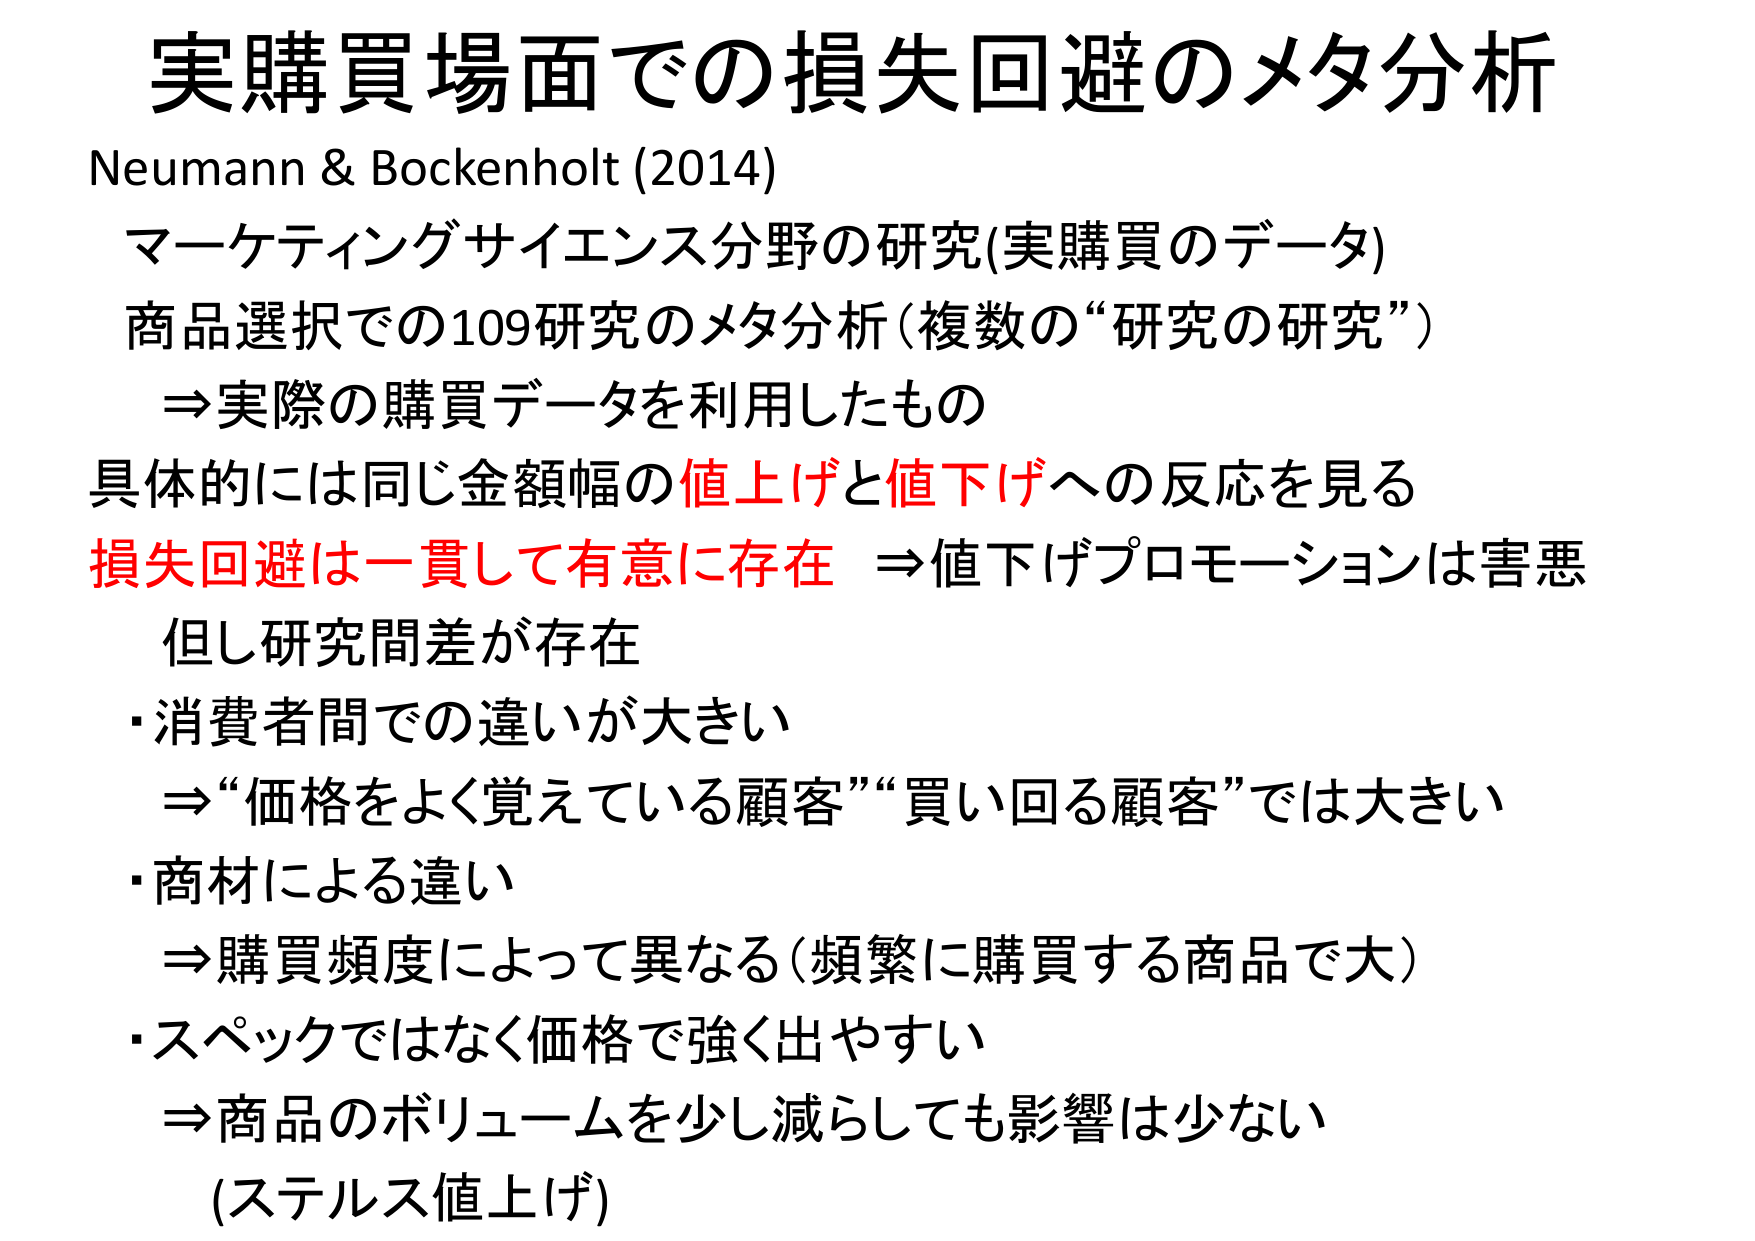
実購買場面での損失回避のメタ分析
Neumann & Bockenholt (2014)
マーケティングサイエンス分野の研究(実購買のデータ)
商品選択での109研究のメタ分析（複数の“研究の研究”）
⇒実際の購買データを利用したもの
具体的には同じ金額幅の値上げと値下げへの反応を見る
損失回避は一貫して有意に存在 ⇒値下げプロモーションは害悪
但し研究間差が存在
・消費者間での違いが大きい
　⇒“価格をよく覚えている顧客”“買い回る顧客”では大きい
・商材による違い
　⇒購買頻度によって異なる（頻繁に購買する商品で大）
・スペックではなく価格で強く出やすい
　⇒商品のボリュームを少し減らしても影響は少ない
　（ステルス値上げ）